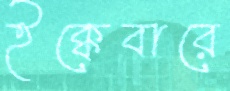
ইক্কেবারে